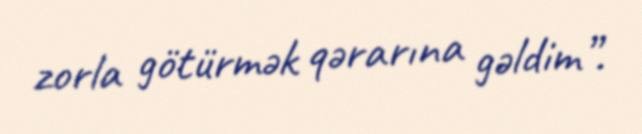
zorla götürmək qərarına gəldim”.